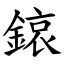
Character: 鎄